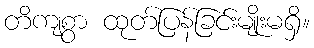
တိကျစွာ ထုတ်ပြန်ခြင်းမျိုးမရှိ။